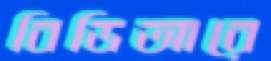
বিডিআরে